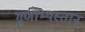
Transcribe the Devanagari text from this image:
गुणाभ्यस्तान्